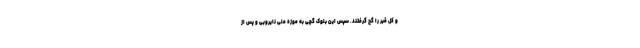
و کل قبر را گچ گرفتند. سپس این بلوک گچی به موزه ملی نایروبی و پس از